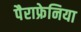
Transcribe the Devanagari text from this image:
पैराफ्रेनिया